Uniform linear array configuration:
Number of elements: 8
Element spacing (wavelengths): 0.75
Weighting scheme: binomial
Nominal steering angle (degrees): -30
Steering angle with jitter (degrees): -31.392
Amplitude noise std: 0.05
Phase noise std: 0.05

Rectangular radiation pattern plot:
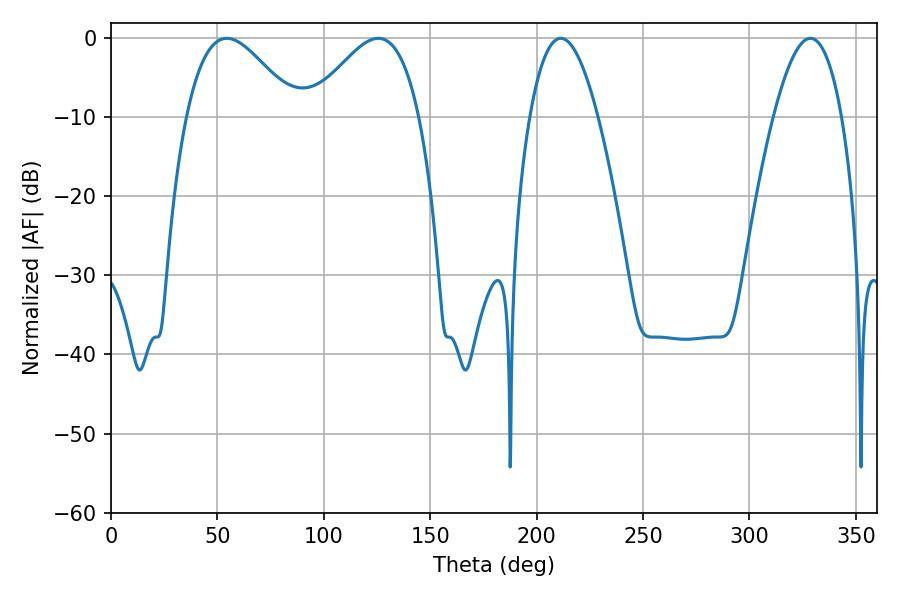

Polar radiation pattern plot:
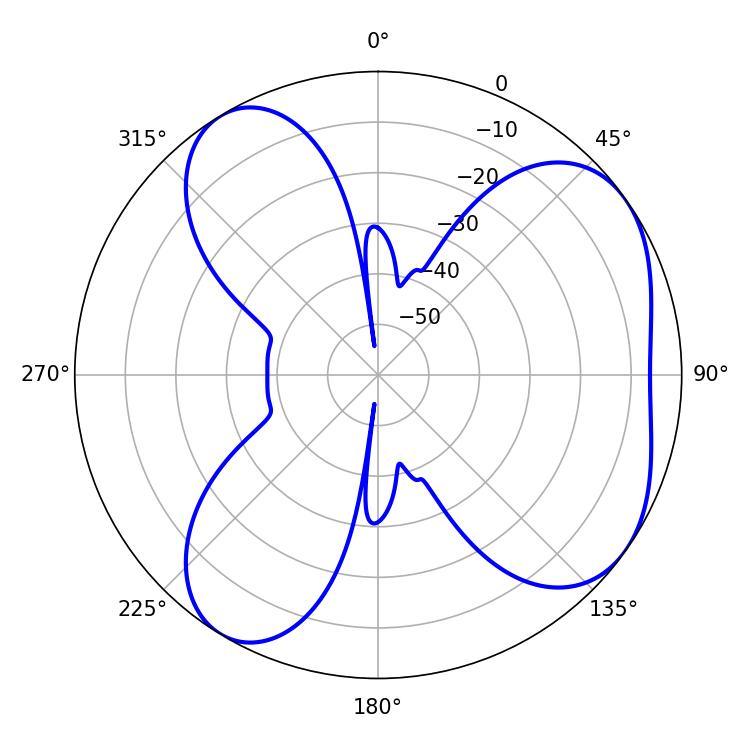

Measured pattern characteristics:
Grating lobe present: TRUE
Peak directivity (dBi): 5.578
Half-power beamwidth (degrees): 17.46
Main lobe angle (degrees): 211.32